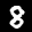
Label: 8